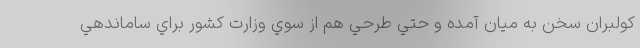
كولبران سخن به ميان آمده و حتي طرحي هم از سوي وزارت كشور براي ساماندهي